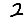
Digit: 2